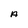
Character: A